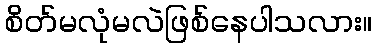
စိတ်မလုံမလဲဖြစ်နေပါသလား။